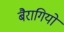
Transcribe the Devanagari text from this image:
बैरागियों